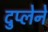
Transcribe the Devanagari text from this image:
दुप्लेने